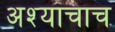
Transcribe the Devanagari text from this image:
अश्याचाच